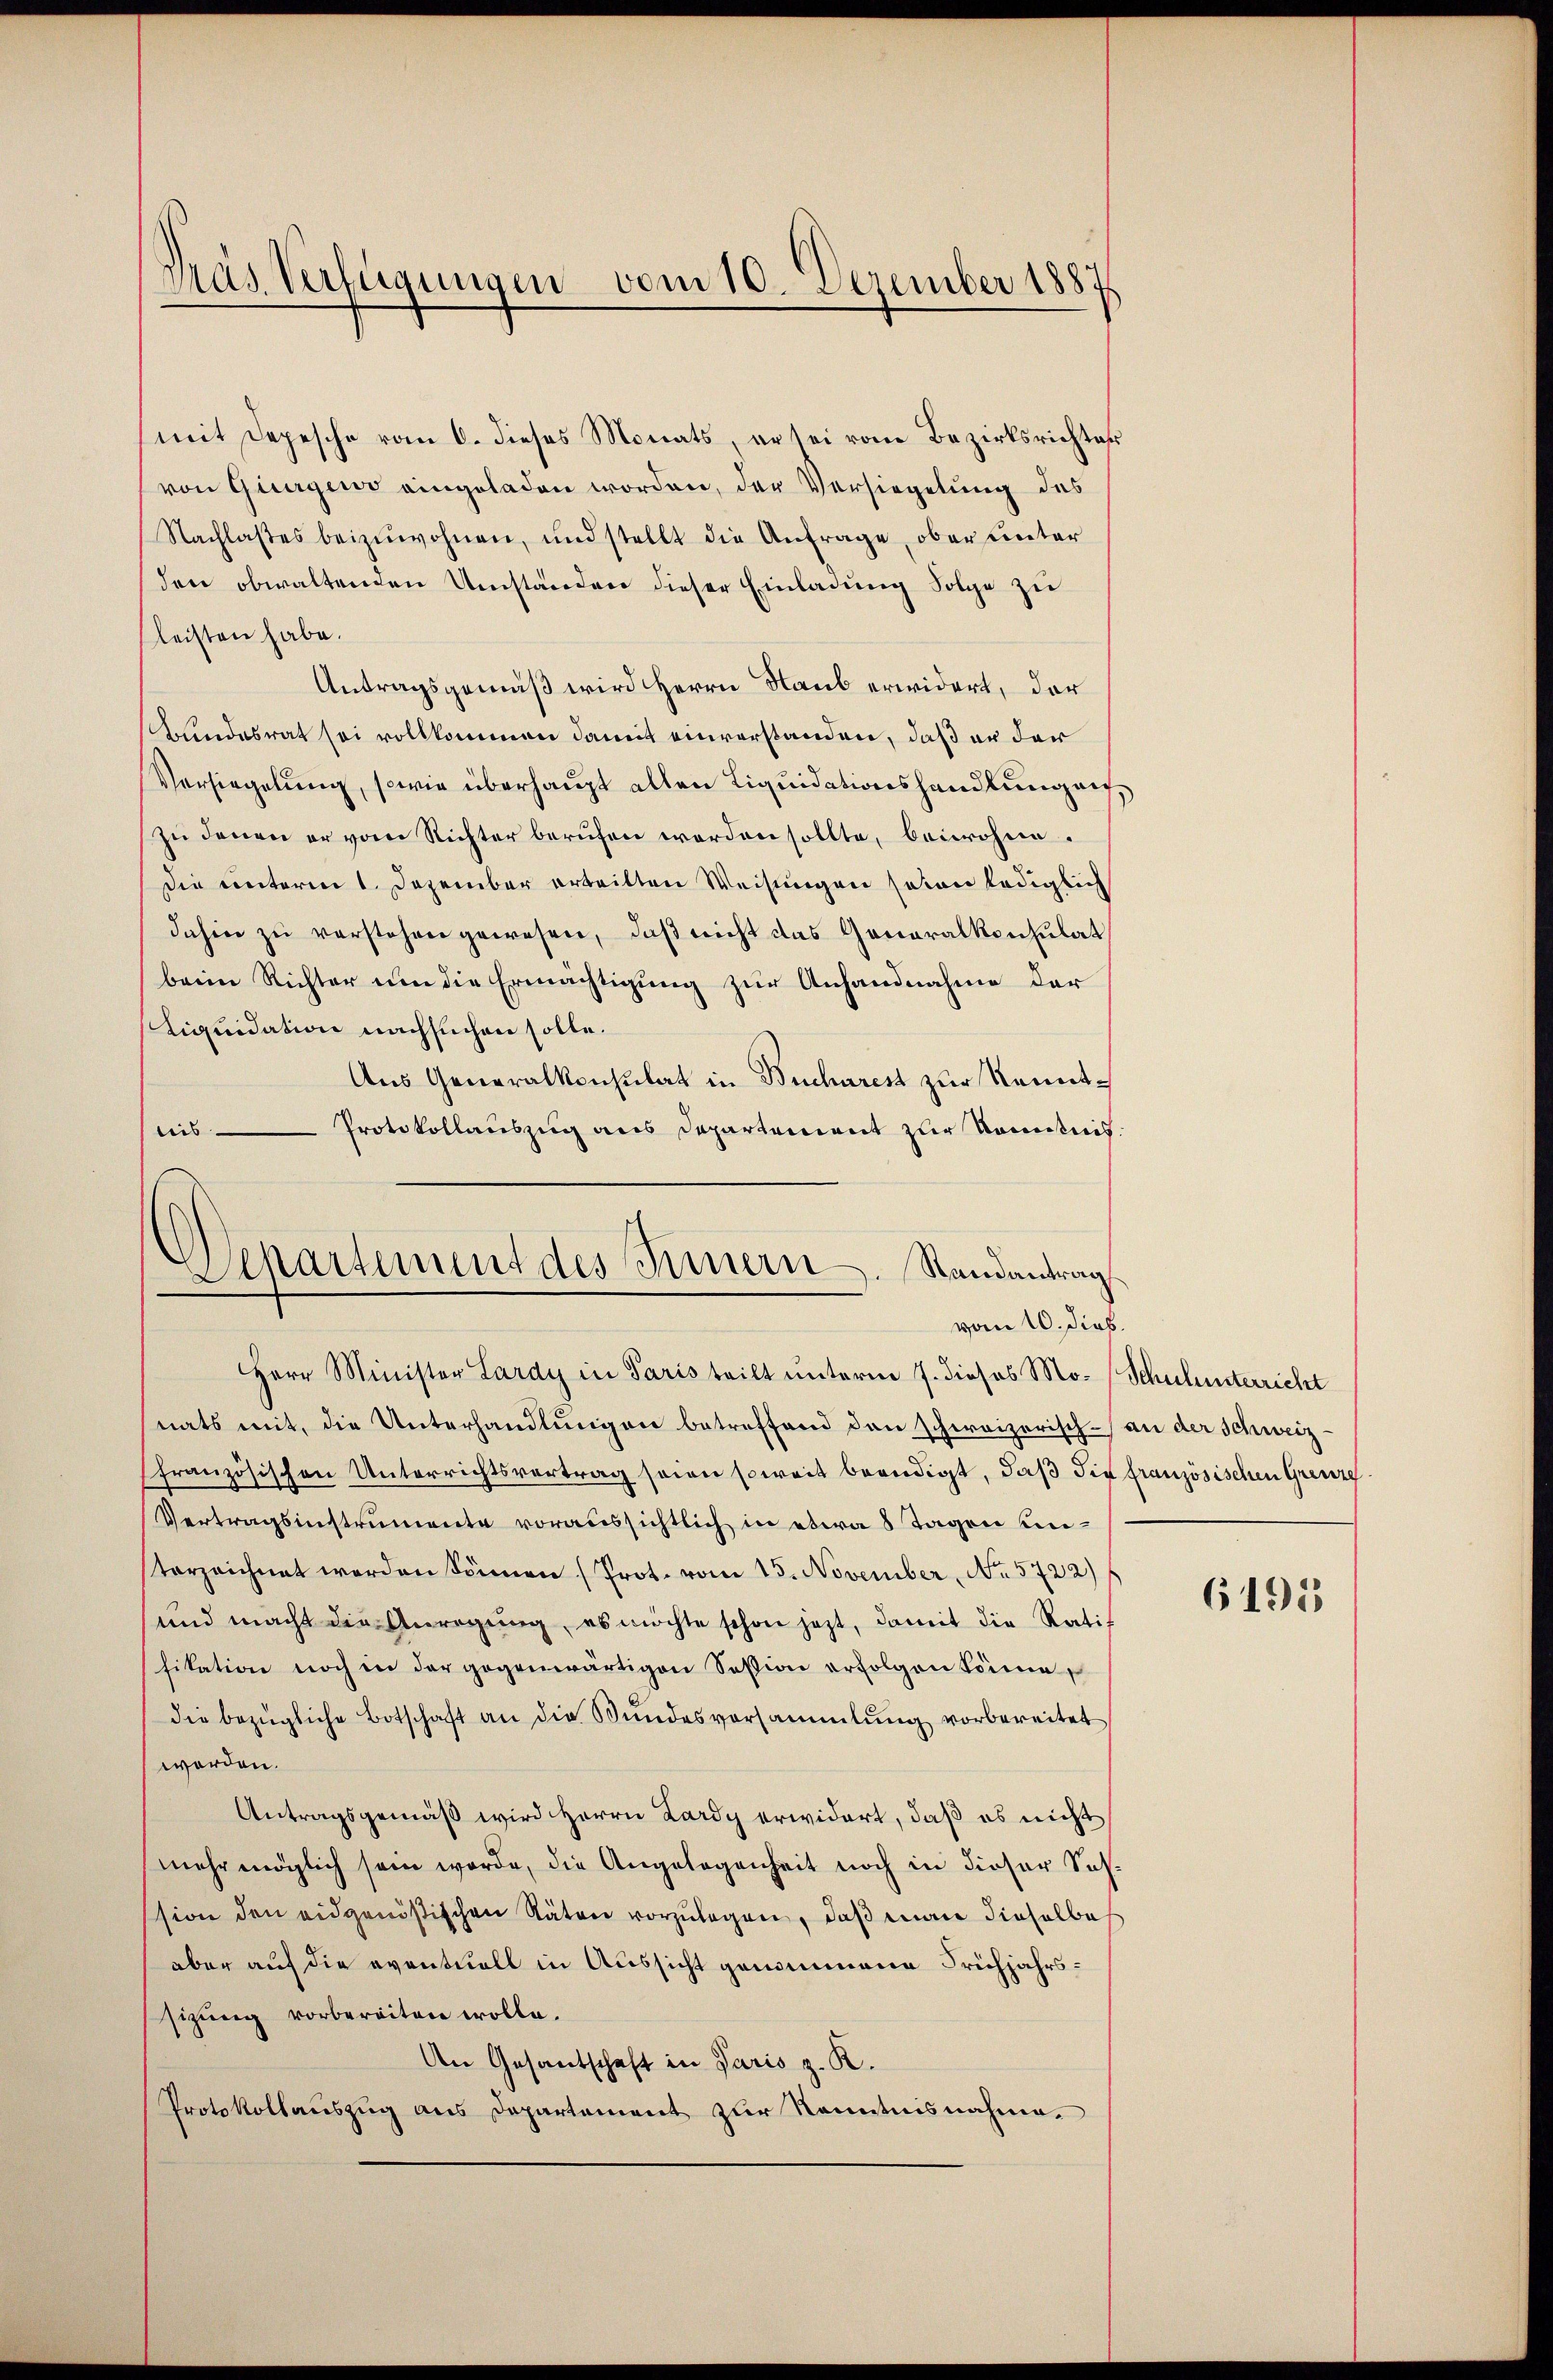
¬
Mas Verfügungen vom 10. Dezember 1887

mit Depesche vom 6. dieses Monats, er sei vom Bezirksrichter
von Giurgewo eingeladen worden, der Versiegelung des
Nachlasses beizuwohnen, und stellt die Anfrage, ober unter
den obwaltenden Umständen dieser Einladung Folge zu
leisten habe.
Antragsgemäß wird Herrn Raub erwidert, der
Kindesrat sei vollkommen damit einverstanden, daß er der
Versiegelung, sowie überhaupt allen Liquidationshandlung auf
zu denen er vom Richter berufen worden sollte, beiwohne
Die unterm 1. Dezember erteilten Weisungen seien lediglich
dahin zu verstehen gewesen, daß nicht das Generalkonsulat
beim Richter um die Ermächtigung zur Anhandnahme der
Liquidation nachsuchen solle.
Aus Generalkonsulat in Bucharest zur Kennt¬
Protokollauszug aus Departement zur Kenntnis.
leis

Departement des Innern. Randantrag
vom 10. dieß.
Herr Minister Lardy in Paris teilt unterm 7. dieses Mo- Schulunterricht

nats mit, die Unterhandlungen betreffend den schweizerisch- an der Schweizfranzösischen Unterrichtsvertrag seien soweit beendigt, daß Sie französischen Grenze
Vertragsinstrumente voraussichtlich in etwa 8 Tagen unterzeichnet werden können (Prot. vom 15. November, No. 5722)
und macht die Anregung, es möchte schon jetzt, damit die Ratif
fikation noch in der gegenwärtigen Session erfolgen könne,
die bezügliche Botschaft an die Wundesversammlung vorbereitet
worden.
Antragsgemäß wird Herrn Lardy erwidert, daß es nicht
mehr möglich sein werde, die Angelegenheit noch in dieser Sohsion den eidgenößischen Stäten vorzulegen, daß man dieselbes
aber auf die eventuell in Aussicht genommene Frühjahrssizung vorbereiten wolle.
An Gesantschaft in Paris z. R.
Protokollauszug aus Departement zur Kenntnisnahme.

6195